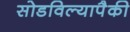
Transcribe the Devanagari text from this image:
सोडविल्यापैकी